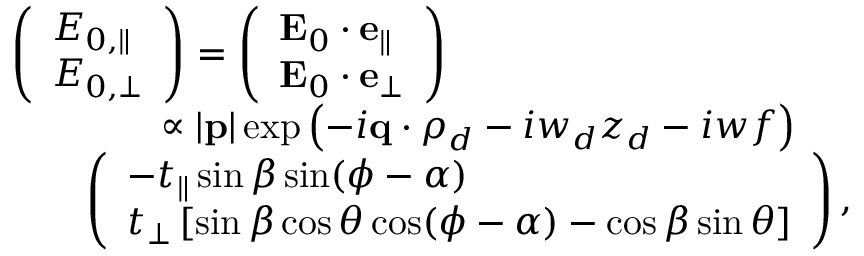
\begin{array} { r l } & { \left( \begin{array} { l } { E _ { 0 , \parallel } } \\ { E _ { 0 , \perp } } \end{array} \right) = \left( \begin{array} { l } { \mathbf { E } _ { 0 } \cdot \mathbf { e } _ { \parallel } } \\ { \mathbf { E } _ { 0 } \cdot \mathbf { e } _ { \perp } } \end{array} \right) } \\ & { \qquad \qquad \propto | \mathbf { p } | \exp \left( - i \mathbf { q } \cdot \boldsymbol { \rho } _ { d } - i w _ { d } z _ { d } - i w f \right) } \\ & { \qquad \left( \begin{array} { l } { - t _ { \parallel } \sin \beta \sin ( \phi - \alpha ) } \\ { t _ { \perp } \left[ \sin \beta \cos \theta \cos ( \phi - \alpha ) - \cos \beta \sin \theta \right] } \end{array} \right) , } \end{array}